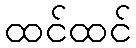
ထင်ထင်